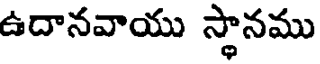
ఉదానవాయు స్థానము